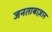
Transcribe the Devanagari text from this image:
जनताबाज़ार